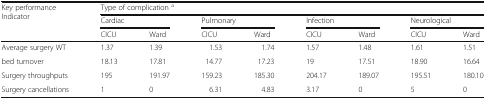
<table><thead><tr><td rowspan="3"><b>Key performance Indicator</b></td><td colspan="8"><b>Type of complication <sup>a</sup></b></td></tr><tr><td colspan="2"><b>Cardiac</b></td><td colspan="2"><b>Pulmonary</b></td><td colspan="2"><b>Infection</b></td><td colspan="2"><b>Neurological</b></td></tr><tr><td><b>CICU</b></td><td><b>Ward</b></td><td><b>CICU</b></td><td><b>Ward</b></td><td><b>CICU</b></td><td><b>Ward</b></td><td><b>CICU</b></td><td><b>Ward</b></td></tr></thead><tbody><tr><td>Average surgery WT</td><td>1.37</td><td>1.39</td><td>1.53</td><td>1.74</td><td>1.57</td><td>1.48</td><td>1.61</td><td>1.51</td></tr><tr><td>bed turnover</td><td>18.13</td><td>17.81</td><td>14.77</td><td>17.23</td><td>19</td><td>17.51</td><td>18.90</td><td>16.64</td></tr><tr><td>Surgery throughputs</td><td>195</td><td>191.97</td><td>159.23</td><td>185.30</td><td>204.17</td><td>189.07</td><td>195.51</td><td>180.10</td></tr><tr><td>Surgery cancellations</td><td>1</td><td>0</td><td>6.31</td><td>4.83</td><td>3.17</td><td>0</td><td>5</td><td>0</td></tr></tbody></table>